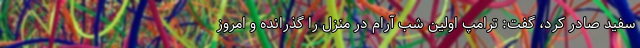
سفید صادر کرد، گفت: ترامپ اولین شب آرام در منزل را گذرانده و امروز